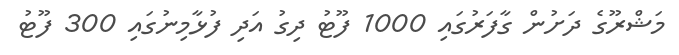
މަޝްރޫގެ ދަށުން ގާފަރުގައި 1000 ފޫޓު ދިގު އަދި ފުޅާމިނުގައި 300 ފޫޓު